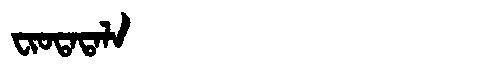
Manchu: ᠸᡳᠣᡨᠠᡨᠠᠯᠠ
Romanization: FIOTATALA